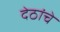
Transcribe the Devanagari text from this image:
देठांचे